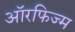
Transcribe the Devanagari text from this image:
ऑरफिज्म